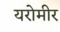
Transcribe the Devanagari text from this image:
यरोमीर